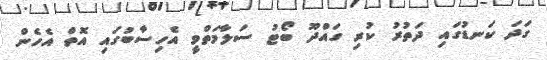
ގަދަ ކަނޑުގައި ދަތުރު ކުރި ގައްދޫ ބޯޓު ސަލާމަތްވީ އެހިސާބުގައި އޮތް އެހެން